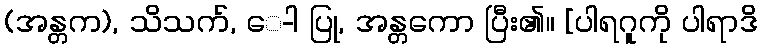
(အန္တက), သိသက်, ေ-ါ ပြု, အန္တကော ပြီး၏။ [ပါရဂူကို ပါရာဒိ